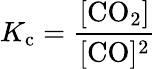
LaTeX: K_{\mathrm{c}}={\frac{\mathrm{[CO_{2}]}}{\mathrm{[CO]^{2}}}}